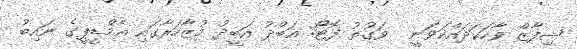
ޝިފާޒް ވާހަކަދައްކަވަނީ  ވަގުތު ފޮޓޯ: އަބްދު އަބީދު މުޒާހަރާގައި އެމްޑީޕީގެ ނައިބު